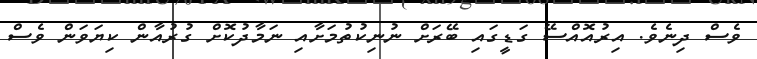
ވެސް ދިނެވެ. އިރުއޮއްސޭ ގަޑީގައި ބޭރަށް ނުނިކުތުމަށާއި ނަމާދުކޮށް ގުރުއާން ކިޔަވަން ވެސް